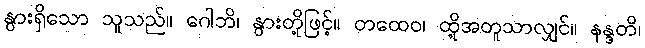
နွားရှိသော သူသည်။ ဂေါဘိ၊ နွားတို့ဖြင့်။ တထေဝ၊ ထို့အတူသာလျှင်။ နန္ဒတိ၊